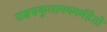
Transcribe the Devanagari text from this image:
राक्षसकुलामयमर्महेतो